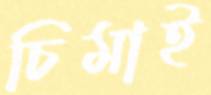
চিমাই